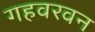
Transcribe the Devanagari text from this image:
गहवरवन